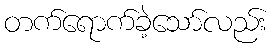
တက်ရောက်ခဲ့သော်လည်း